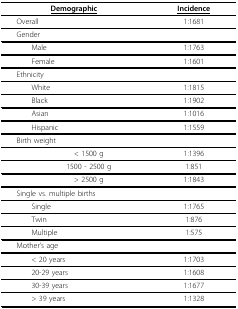
<table><thead><tr><td><b><underline>Demographic</underline></b></td><td><b><underline>Incidence</underline></b></td></tr></thead><tbody><tr><td> Overall</td><td>1:1681</td></tr><tr><td> Gender</td><td></td></tr><tr><td>Male</td><td>1:1763</td></tr><tr><td>Female</td><td>1:1601</td></tr><tr><td> Ethnicity</td><td></td></tr><tr><td>White</td><td>1:1815</td></tr><tr><td>Black</td><td>1:1902</td></tr><tr><td>Asian</td><td>1:1016</td></tr><tr><td>Hispanic</td><td>1:1559</td></tr><tr><td> Birth weight</td><td></td></tr><tr><td>&lt; 1500 g</td><td>1:1396</td></tr><tr><td>1500 - 2500 g</td><td>1:851</td></tr><tr><td>&gt; 2500 g</td><td>1:1843</td></tr><tr><td> Single vs. multiple births</td><td></td></tr><tr><td>Single</td><td>1:1765</td></tr><tr><td>Twin</td><td>1:876</td></tr><tr><td>Multiple</td><td>1:575</td></tr><tr><td> Mother&#x27;s age</td><td></td></tr><tr><td>&lt; 20 years</td><td>1:1703</td></tr><tr><td>20-29 years</td><td>1:1608</td></tr><tr><td>30-39 years</td><td>1:1677</td></tr><tr><td>&gt; 39 years</td><td>1:1328</td></tr></tbody></table>